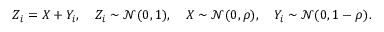
Z _ { i } = X + Y _ { i } , \quad Z _ { i } \sim \mathcal { N } ( 0 , 1 ) , \quad X \sim \mathcal { N } ( 0 , \rho ) , \quad Y _ { i } \sim \mathcal { N } ( 0 , 1 - \rho ) .